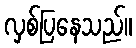
လှစ်ပြနေသည်။